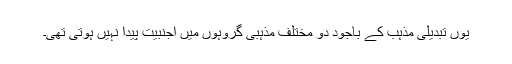
یوں تبدیلی مذہب کے باجود دو مختلف مذہبی گروہوں میں اجنبیت پیدا نہیں ہوتی تھی۔